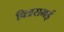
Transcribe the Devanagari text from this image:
चित्रसभई